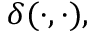
\delta ( \cdot , \cdot ) ,